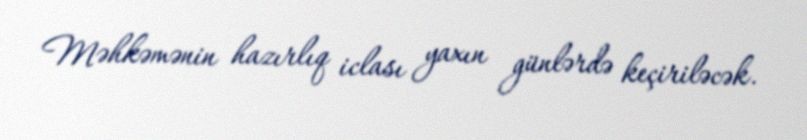
Məhkəmənin hazırlıq iclası yaxın günlərdə keçiriləcək.